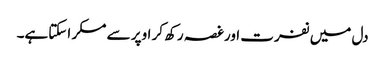
دل میں نفرت اورغصہ رکھ کر اوپر سے مسکر اسکتاہے۔